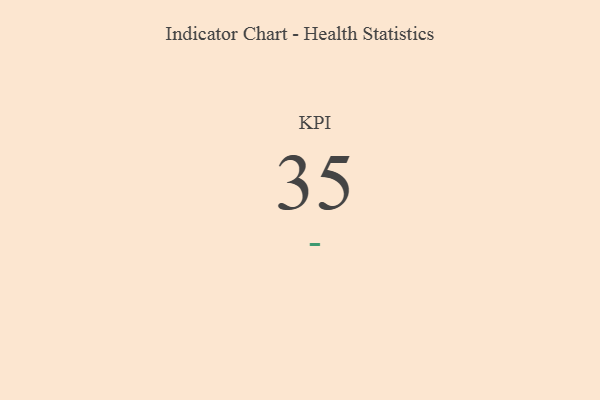
{"axis": {"x": "KPI", "y": "Value"}, "legend": [""], "data": [{"x": "KPI", "y": 35, "type": ""}]}